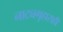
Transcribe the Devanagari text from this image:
नाट्यगृहासही